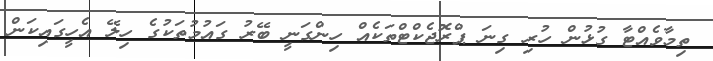
ތިމާވެއްޓާ ގުޅުން ހުރި ގިނަ ޕްރޮޖެކްޓްތަކެއް ހިންގަނީ ބޭރު ގައުމުތަކުގެ ހިލޭ އެހީގައިކަން